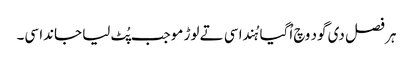
ہر فصل دی گود وچ اُگیا ہُندا سی تے لوڑ موجب پُٹ لیا جاندا سی۔